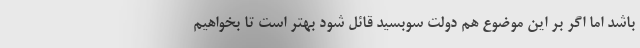
باشد اما اگر بر این موضوع هم دولت سوبسید قائل شود بهتر است تا بخواهیم